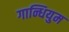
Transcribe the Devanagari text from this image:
गान्धियुम